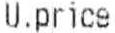
U.PRICE